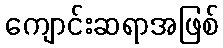
ကျောင်းဆရာအဖြစ်